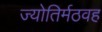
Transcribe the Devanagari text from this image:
ज्योतिर्मठवह